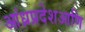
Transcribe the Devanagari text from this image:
आंध्रप्रदेशआणि